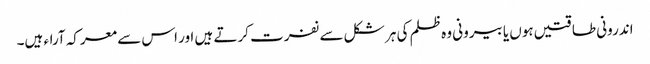
اندرونی طاقتیں ہوں یا بیرونی وہ ظلم کی ہر شکل سے نفرت کرتے ہیں اور اس سے معرکہ آراء ہیں۔